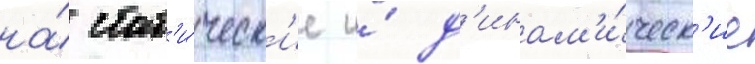
на́ стат'и́ческ'ие и́ д'инам'и́ческ'ие